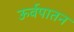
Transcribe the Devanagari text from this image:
ऊर्वपातन